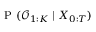
\mathrm { ~ P ~ } ( \mathcal { O } _ { 1 : K } \mid X _ { 0 : T } )